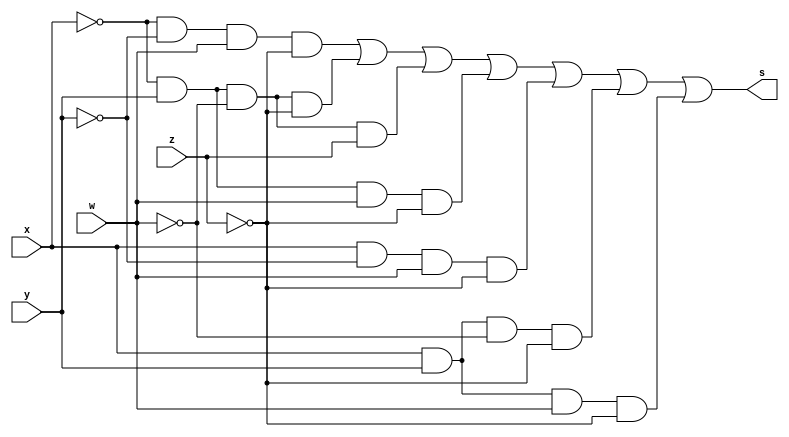
/*
 Guia_0603d.v - v0.0. - 28 / 08 / 2022
 Autor    : Gabriel Vargas Bento de Souza
 Matricula: 778023
 */

/* 
 Soma dos produtos
                  ___
f(x, y, w, z) =  \   m (2,4,5,6,10,12,14)  = SoP(2,4,5,6,10,12,14)
                 /___
*/ 

/**
 SoP(2,4,5,6,10,12,14)
 */
module SoP (output s,
            input  x, y, w, z);
   assign s = (~x & ~y &  w & ~z)  // 2
            | (~x &  y & ~w & ~z)  // 4
            | (~x &  y & ~w &  z)  // 5
            | (~x &  y &  w & ~z)  // 6
            | ( x & ~y &  w & ~z)  // 10
            | ( x &  y & ~w & ~z)  // 12
            | ( x &  y &  w & ~z); // 14
endmodule // SoP

/**
 SoP(2,4,5,6,10,12,14)_Simplificado = w .z' + x'.y .w' + y.z'
 */
module SoP_simple (output s,
                   input  x, y, w, z);
   assign s = ( w & ~z)
            | (~x &  y & ~w)
            | (y & ~z);
endmodule // SoP_simple

/**
  Guia_0603d.v
 */
module Guia_0603d;
   reg  x, y, w, z;
   wire s1, s2;
   
   // instancias
   SoP        SOP1 (s1, x, y, w, z);
   SoP_simple SOP2 (s2, x, y, w, z);
   
   // valores iniciais
   initial begin: start
      x=1'bx; y=1'bx; w=1'bx; z=1'bx;
   end

   // parte principal
   initial begin: main
       $display("Gabriel Vargas Bento de Souza - 778023");
       $display("Guia_06");
       $display("\n03.d) SoP (2,4,5,6,10,12,14)\n");

       // monitoramento
       $display(" x  y  w  z  s1  s2");
       $monitor("%2b %2b %2b %2b %2b %3b", x,  y, w, z,  s1, s2);

       // sinalizacao
          x=0; y=0; w=0; z=0;
       #1                z=1;
       #1           w=1; z=0;
       #1                z=1;
       #1      y=1; w=0; z=0;
       #1                z=1;
       #1           w=1; z=0;
       #1                z=1;
       #1 x=1; y=0; w=0; z=0;
       #1                z=1;
       #1           w=1; z=0;
       #1                z=1;
       #1      y=1; w=0; z=0;
       #1                z=1;
       #1           w=1; z=0;
       #1                z=1;
   end
endmodule // Guia_0603d

/*
C:\Users\Gabriel\Desktop\CC-PUC\2Periodo\ARQ1\Tarefas\Guia06>vvp Guia_0603d.vvp
Gabriel Vargas Bento de Souza - 778023
Guia_06

03.d) SoP (2,4,5,6,10,12,14)

 x  y  w  z  s1  s2
 0  0  0  0  0   0
 0  0  0  1  0   0
 0  0  1  0  1   1
 0  0  1  1  0   0
 0  1  0  0  1   1
 0  1  0  1  1   1
 0  1  1  0  1   1
 0  1  1  1  0   0
 1  0  0  0  0   0
 1  0  0  1  0   0
 1  0  1  0  1   1
 1  0  1  1  0   0
 1  1  0  0  1   1
 1  1  0  1  0   0
 1  1  1  0  1   1
 1  1  1  1  0   0

*/